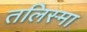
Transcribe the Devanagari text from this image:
तलिस्मा